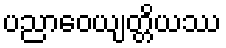
ပညာဝေယျတ္တိယဿ